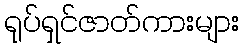
ရုပ်ရှင်ဇာတ်ကားများ